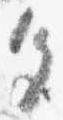
色